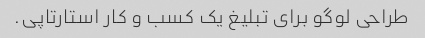
طراحی لوگو برای تبلیغ یک کسب و کار استارتاپی.